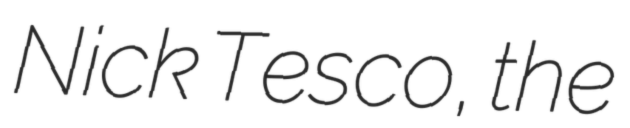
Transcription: Nick Tesco, the